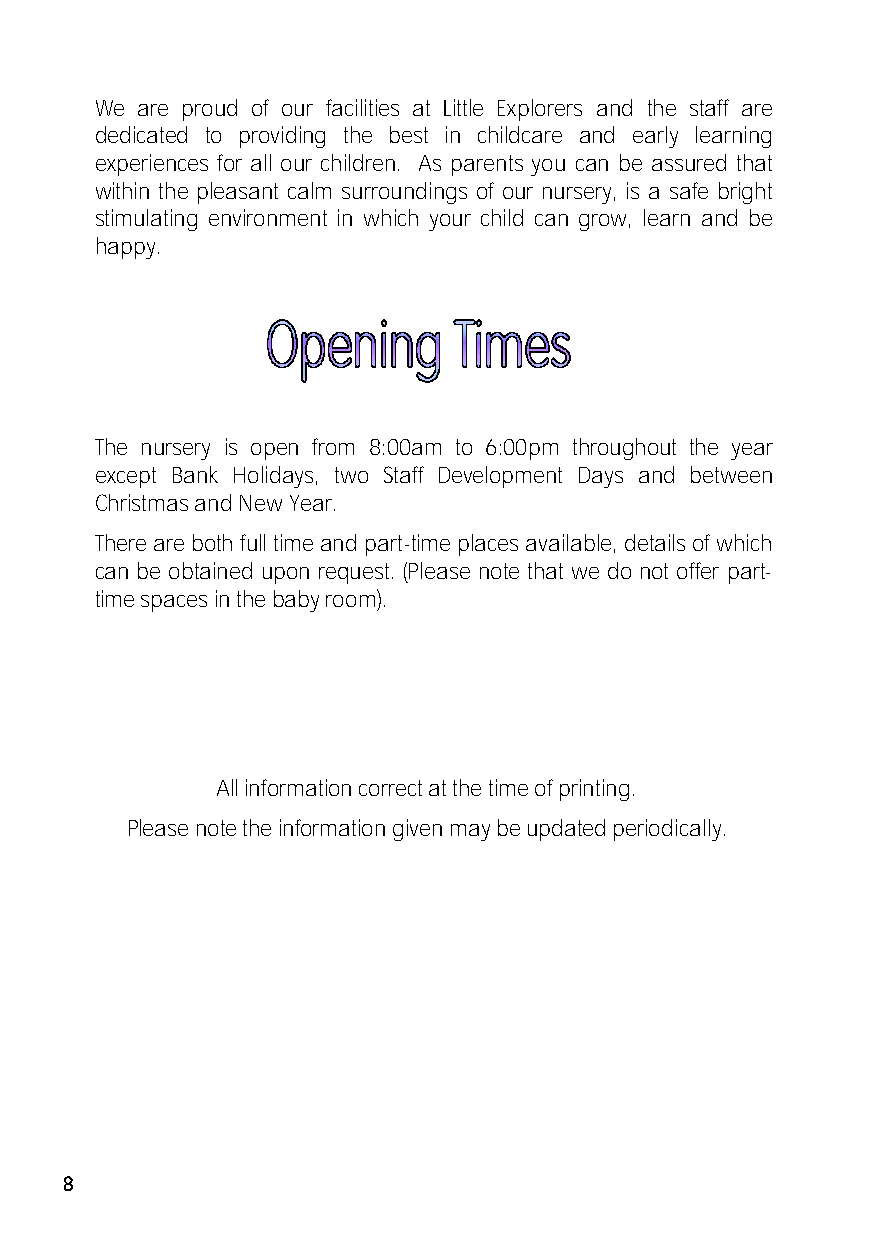
We are proud of our facilities at Little Explorers and the staff are
 dedicated to providing the best in childcare and early learning
 experiences for all our children. As parents you can be assured that
 within the pleasant calm surroundings of our nursery, is a safe bright
 stimulating environment in which your child can grow, learn and be
 happy.
 The nursery is open from 8:00am to 6:00pm throughout the year
 except Bank Holidays, two Staff Development Days and between
 Christmas and New Year.
 There are both full time and part-time places available, details of which
 can be obtained upon request. (Please note that we do not offer part-
 time spaces in the baby room).
 All information correct at the time of printing.
 Please note the information given may be updated periodically.
 8